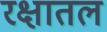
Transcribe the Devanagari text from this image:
रक्षातल